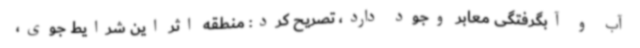
آب و آبگرفتگی معابر وجود دارد، تصریح کرد: منطقه اثر این شرایط جوی،